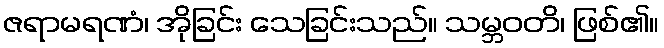
ဇရာမရဏံ၊ အိုခြင်း သေခြင်းသည်။ သမ္ဘဝတိ၊ ဖြစ်၏။